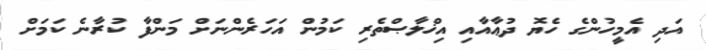
އަދި އެމީހުންގެ ހެޔޮ ދުޢާއާއި އިޚްލާޞްތެރި ކަމުން އަހަރެންނަށް މަންފާ ކުރާނެ ކަމަށް